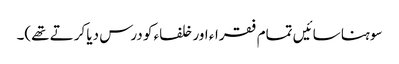
سوہنا سائیں تمام فقراء اور خلفاء کو درس دیا کرتے تھے)۔